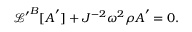
\begin{array} { r } { \boldsymbol { \mathcal { L } ^ { \prime } } ^ { B } [ \boldsymbol { A } ^ { \prime } ] + J ^ { - 2 } \omega ^ { 2 } \rho \boldsymbol { A } ^ { \prime } = \boldsymbol { 0 } . } \end{array}